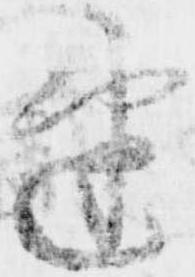
速